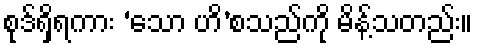
စုဒ်ရှိရကား ‘သော ဟိ’စသည်ကို မိန့်သတည်း။